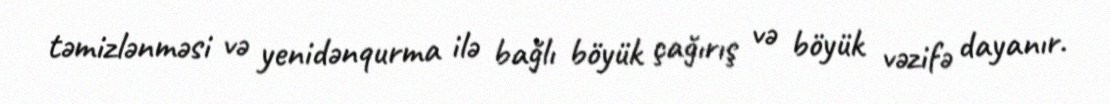
təmizlənməsi və yenidənqurma ilə bağlı böyük çağırış və böyük vəzifə dayanır.